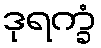
ဒုရက္ခံ